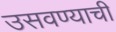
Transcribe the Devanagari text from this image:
उसवण्याची